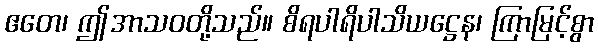
ဧတေ၊ ဤအာသဝတို့သည်။ စိရပါရိပါသိယဋ္ဌေန၊ ကြာမြင့်စွာ